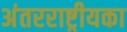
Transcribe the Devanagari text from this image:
अंतरराष्ट्रीयका